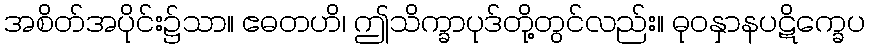
အစိတ်အပိုင်း၌သာ။ ဧဓတဟိ၊ ဤသိက္ခာပုဒ်တို့တွင်လည်း။ ဓုဝနှာနပဋိက္ခေပ